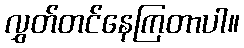
လွှတ်တင်နေကြတာပါ။